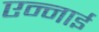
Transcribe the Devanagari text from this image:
एन्नाई